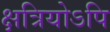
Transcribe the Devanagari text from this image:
क्षत्रियोऽपि